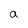
Character: a